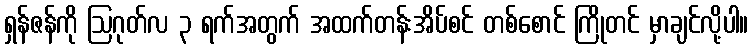
ရှန်ဇန်ကို ဩဂုတ်လ ၃ ရက်အတွက် အထက်တန်းအိပ်စင် တစ်စောင် ကြိုတင် မှာချင်လို့ပါ။